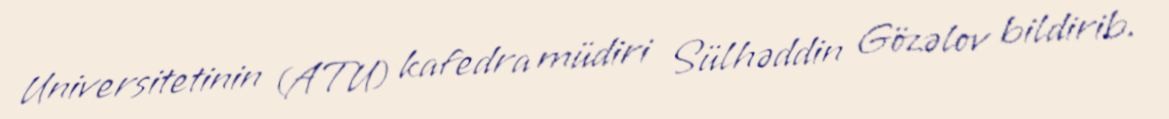
Universitetinin (ATU) kafedra müdiri Sülhəddin Gözəlov bildirib.